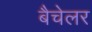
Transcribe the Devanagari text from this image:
बैचेलर